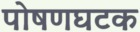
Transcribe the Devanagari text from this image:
पोषणघटक